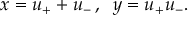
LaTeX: x = u _ { + } + u _ { - } \, , \; \; y = u _ { + } u _ { - } .